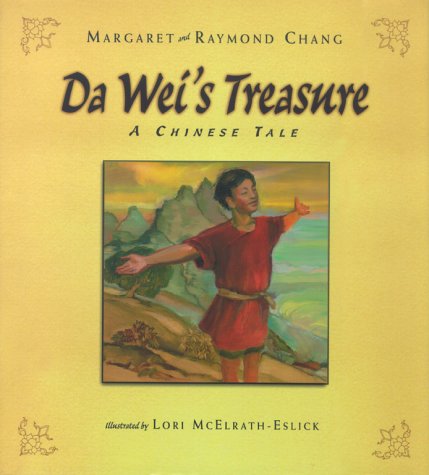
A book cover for DA Wei's Treasure: A Chinese Tale; Margaret Chang; Children's Books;